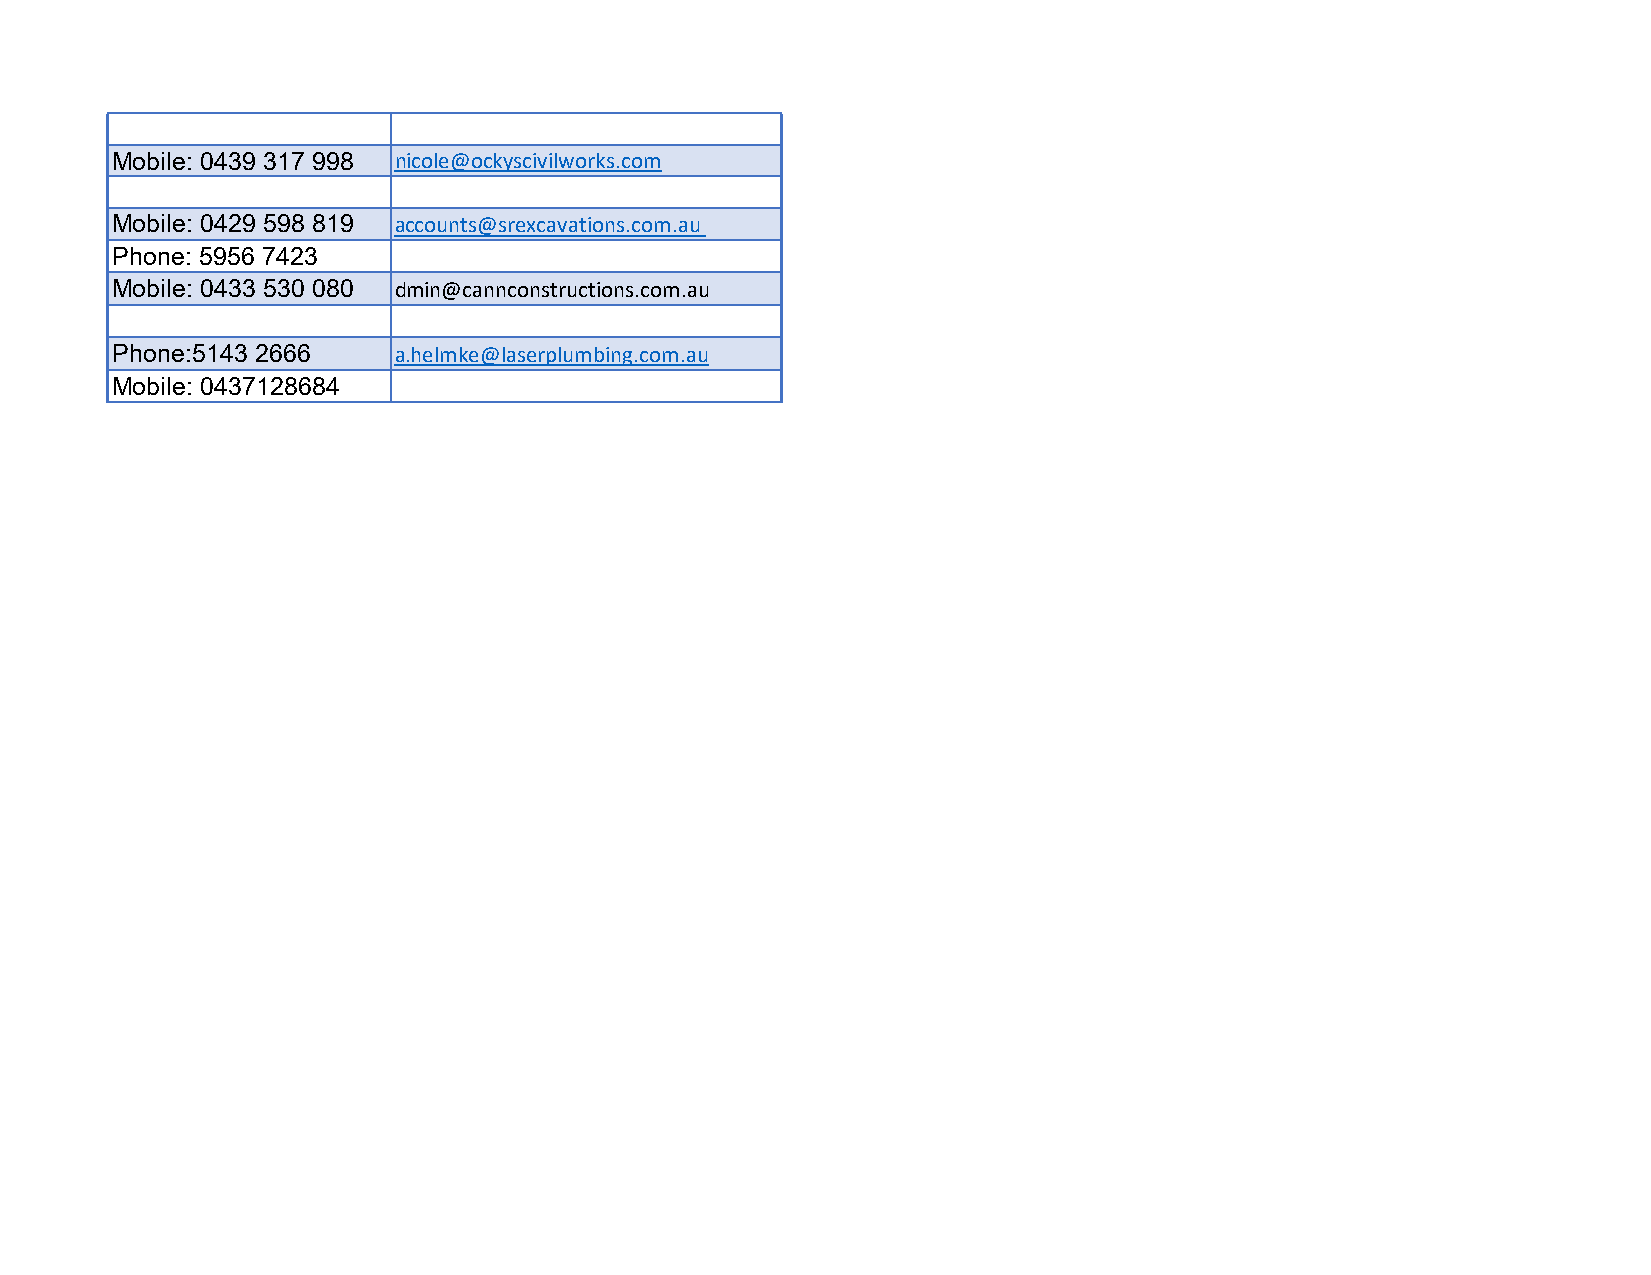
Mobile: 0439 317 998 nicole@ockyscivilworks.com
 Mobile: 0429 598 819 accounts@srexcavations.com.au
 Phone: 5956 7423
 Mobile: 0433 530 080 dmin@cannconstructions.com.au
 Phone:5143 2666   a.helmke@laserplumbing.com.au
 Mobile: 0437128684